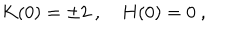
K ( 0 ) = \pm 2 \ , \quad H ( 0 ) = 0 \ ,